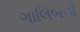
ગાલિબનો